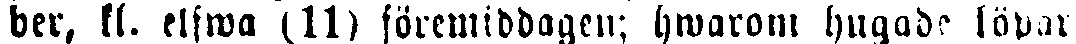
ber, kl. elfwa (11) föremiddagen; hwarom hugade köpare